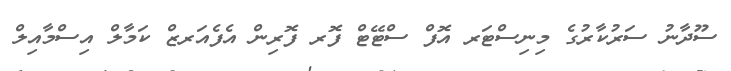
ސޫދާނު ސަރުކާރުގެ މިނިސްޓަރ އޮފް ސްޓޭޓް ފޮރ ފޮރިން އެފެއަރޒް ކަމާލް އިސްމާއިލް